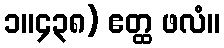
၁။၄၃၈) ဧတ္ထ ဖလံ။